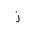
Letter: _zay